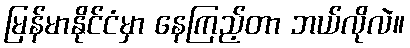
မြန်မာနိုင်ငံမှာ နေကြည့်တာ ဘယ်လိုလဲ။